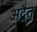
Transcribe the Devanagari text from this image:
अद्बैत